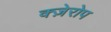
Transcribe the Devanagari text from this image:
क्ज़ेरोप